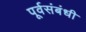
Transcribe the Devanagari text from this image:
पूर्वसंबंधी